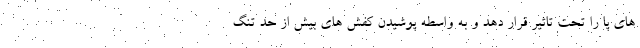
های پا را تحت تاثیر قرار دهد و به واسطه پوشیدن کفش های بیش از حد تنگ